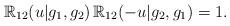
LaTeX: \begin{align*}\mathbb{R}_{12}(u|g_1,g_2)\,\mathbb{R}_{12}(-u|g_2,g_1) = 1.\end{align*}